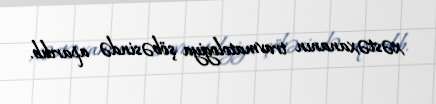
xəstəxananın travmatologiya şöbəsində aparılıb.